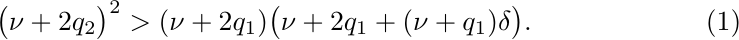
\begin{align}
     &\big(\nu + 2q_2\big)^2 > (\nu + 2q_1)\big(\nu + 2q_1 + (\nu + q_1)\delta\big).\label{eqn:ii}
\end{align}